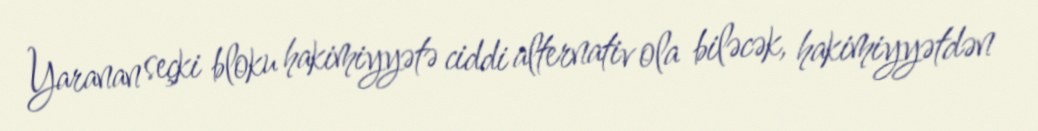
Yaranan seçki bloku hakimiyyətə ciddi alternativ ola biləcək, hakimiyyətdən